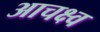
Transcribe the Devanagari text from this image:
आचक्ष्व